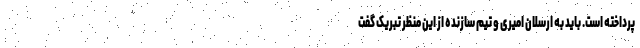
پرداخته است. باید به ارسلان امیری و تیم سازنده از این منظر تبریک گفت